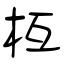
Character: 枑